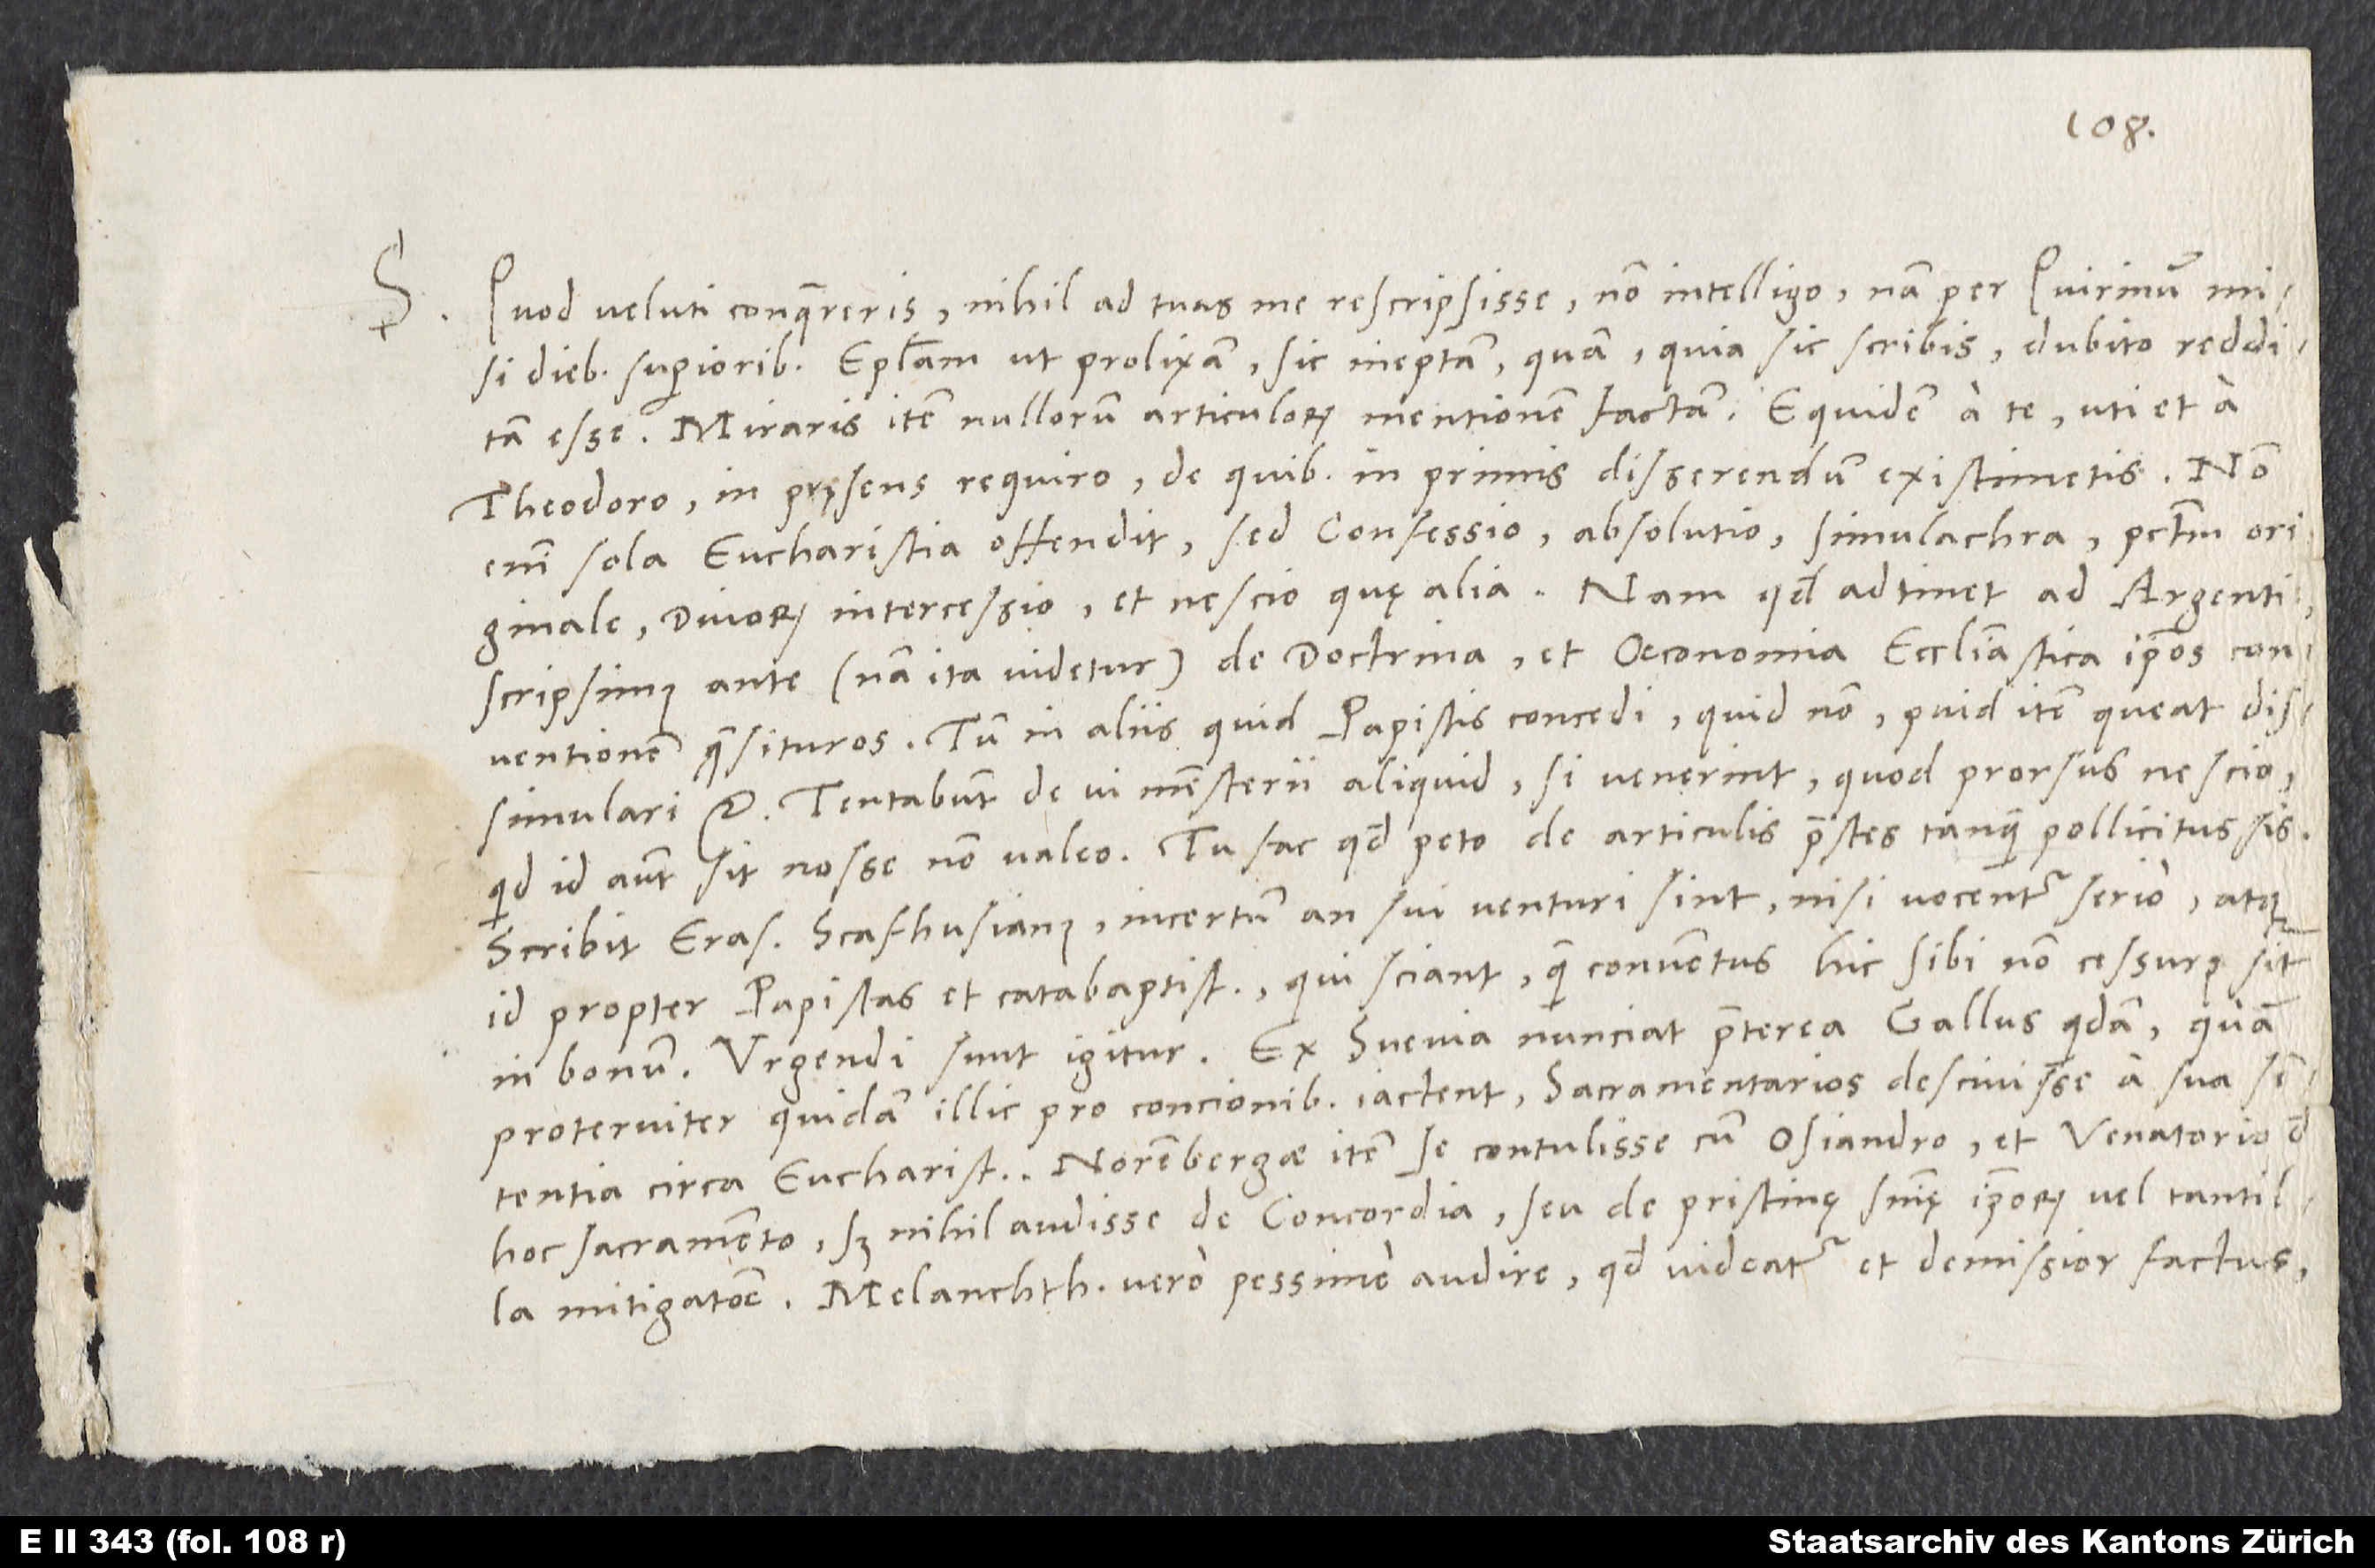
S.

Quod veluti conquereris nihil ad tuas me rescripsisse, non intelligo. Nam per Quirinum misi
diebus superioribus epistolam ut prolixam sic ineptam, quam, quia sic scribis, dubito redditam
esse. Miraris item nullorum articulorum mentionem factam. Equidem a te, uti et a
Theodoro, in pręsens requiro, de quibus in primis disserendum existimetis. Non
enim sola eucharistia offendit, sed confessio, absolutio, simulachra, peccatum originale,
divorum intercessio et nescio quę alia. Nam quod adtinet ad Argentinenses,
scripsimus ante (nam ita videtur) de doctrina et oeconomia ecclesiastica ipsos conventionem
quaesituros, tum in aliis, quid papistis concedi, quid non, quid item queat dissimulari
etc. Tentabunt de vi ministerii aliquid, si venerint, quod prorsus nescio;
quid id autem sit, nosse non valeo. Tu fac, quod peto, de articulis praestes, tanquam pollicitus sis.
Scribit Erasmus Scafhusianus incertum, an sui venturi sint, nisi vocentur serio, atque
id propter papistas et catabaptistas, qui sciant, quam conventus hic sibi non cessurus sit
proterviter quidam illic pro concionibus iactent sacramentarios descivisse a sua
sententia circa eucharistiam; Norimbergae item se contulisse cum Osiandro et Venatorio de
hoc sacramento, sed nihil audisse de concordia seu de pristinę sententię ipsorum vel tantilla
mitigatione, Melanchthonem vero pessime audire, quod videatur et demissior factus